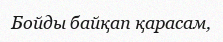
Бойды байқап қарасам,